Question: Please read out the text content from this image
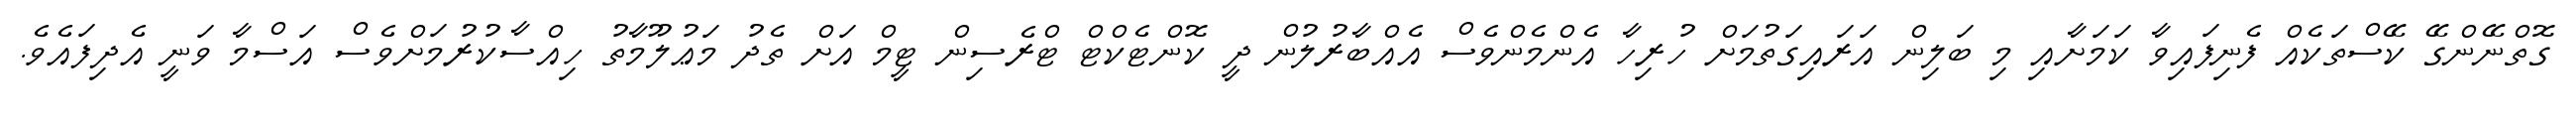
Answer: ގޮތްނޭންގޭ ކޭސްތަކެއް ފެނިފައިވާ ކަމަށާއި މި ބަލިން އަރައިގަތުމަށް ހުރިހާ އެންމެންވެސް އެއްބާރުލުން ދީ ކޮންޓެކްޓް ޓްރެސިން ޓީމް އަށް ތެދު މަޢުލޫމާތު ހިއްސާކުރުމަށްވެސް އަސްމާ ވަނީ އެދިފައެވެ.